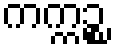
ကက္ကဉ္စ